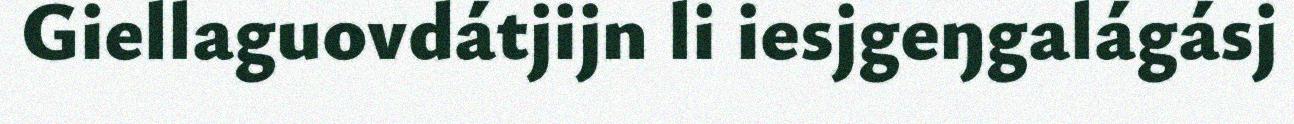
Giellaguovdátjijn li iesjgeŋgalágásj